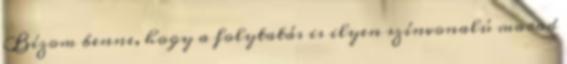
Bízom benne, hogy a folytatás is ilyen színvonalú marad